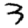
Digit: 3